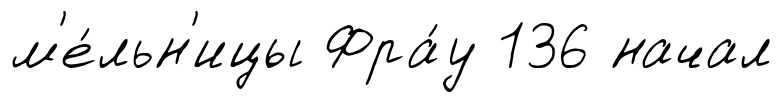
м'е́льн'ицы Фра́у 136 начал